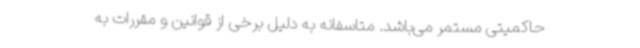
حاکمیتی مستمر می‌باشد. متاسفانه به دلیل برخی از قوانین و مقررات به